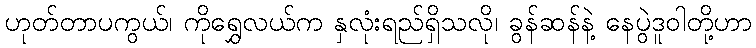
ဟုတ်တာပကွယ်၊ ကိုရွှေလယ်က နှလုံးရည်ရှိသလို၊ ခွန်ဆန်နဲ့ နေပွဲဒူဝါတို့ဟာ